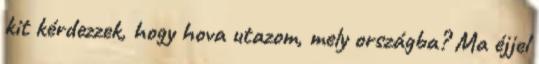
kit kérdezzek, hogy hova utazom, mely országba? Ma éjjel